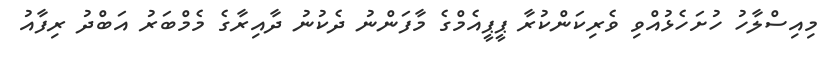
މިއިސްލާހު ހުށަހެޅުއްވި ވެރިކަންކުރާ ޕީޕީއެމްގެ މާފަންނު ދެކުނު ދާއިރާގެ މެމްބަރު އަބްދު ރިފާއު